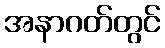
အနာဂတ်တွင်